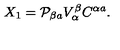
X _ { 1 } = { \cal P } _ { \beta a } V _ { \alpha } ^ { \beta } C ^ { \alpha a } .